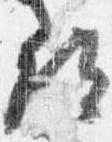
尋